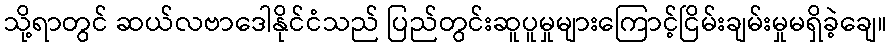
သို့ရာတွင် ဆယ်လဗာဒေါနိုင်ငံသည် ပြည်တွင်းဆူပူမှုများကြောင့်ငြိမ်းချမ်းမှုမရှိခဲ့ချေ။